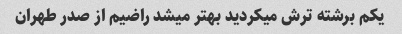
یکم برشته ترش میکردید بهتر میشد راضیم از صدر طهران